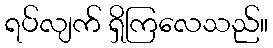
ရပ်လျက် ရှိကြလေသည်။